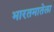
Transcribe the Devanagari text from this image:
भारतमातेला